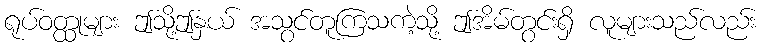
ရုပ်ဝတ္ထုများ ဤသို့ဤနှယ် အသွင်တူကြသကဲ့သို့ ဤအိမ်တွင်းရှိ လူများသည်လည်း